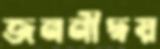
জননীদ্বয়